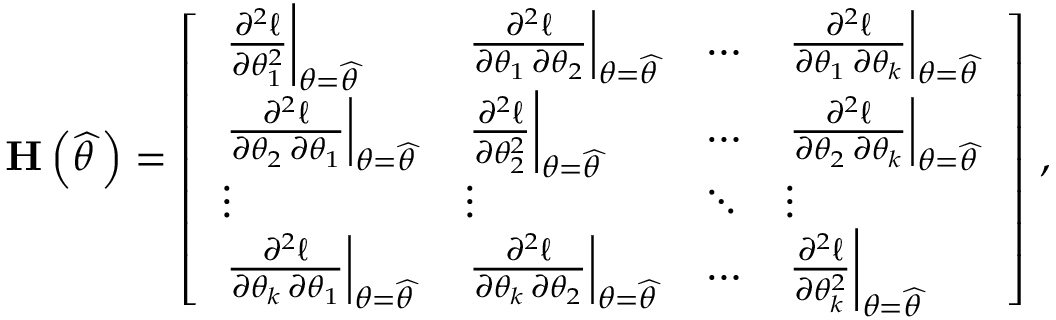
\mathbf { H } \left( { \widehat { \theta \, } } \right) = { \left[ \begin{array} { l l l l } { \left. { \frac { \partial ^ { 2 } \ell } { \partial \theta _ { 1 } ^ { 2 } } } \right| _ { \theta = { \widehat { \theta \, } } } } & { \left. { \frac { \partial ^ { 2 } \ell } { \partial \theta _ { 1 } \, \partial \theta _ { 2 } } } \right| _ { \theta = { \widehat { \theta \, } } } } & { \dots } & { \left. { \frac { \partial ^ { 2 } \ell } { \partial \theta _ { 1 } \, \partial \theta _ { k } } } \right| _ { \theta = { \widehat { \theta \, } } } } \\ { \left. { \frac { \partial ^ { 2 } \ell } { \partial \theta _ { 2 } \, \partial \theta _ { 1 } } } \right| _ { \theta = { \widehat { \theta \, } } } } & { \left. { \frac { \partial ^ { 2 } \ell } { \partial \theta _ { 2 } ^ { 2 } } } \right| _ { \theta = { \widehat { \theta \, } } } } & { \dots } & { \left. { \frac { \partial ^ { 2 } \ell } { \partial \theta _ { 2 } \, \partial \theta _ { k } } } \right| _ { \theta = { \widehat { \theta \, } } } } \\ { \vdots } & { \vdots } & { \ddots } & { \vdots } \\ { \left. { \frac { \partial ^ { 2 } \ell } { \partial \theta _ { k } \, \partial \theta _ { 1 } } } \right| _ { \theta = { \widehat { \theta \, } } } } & { \left. { \frac { \partial ^ { 2 } \ell } { \partial \theta _ { k } \, \partial \theta _ { 2 } } } \right| _ { \theta = { \widehat { \theta \, } } } } & { \dots } & { \left. { \frac { \partial ^ { 2 } \ell } { \partial \theta _ { k } ^ { 2 } } } \right| _ { \theta = { \widehat { \theta \, } } } } \end{array} \right] } ~ ,